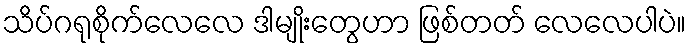
သိပ်ဂရုစိုက်လေလေ ဒါမျိုးတွေဟာ ဖြစ်တတ် လေလေပါပဲ။